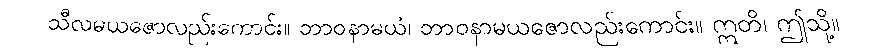
သီလမယဇောလည်းကောင်း။ ဘာဝနာမယံ၊ ဘာဝနာမယဇောလည်းကောင်း။ ဣတိ၊ ဤသို့။